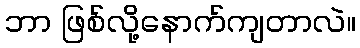
ဘာ ဖြစ်လို့နောက်ကျတာလဲ။